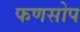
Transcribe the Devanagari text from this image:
फणसोप